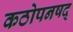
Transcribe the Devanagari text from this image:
कठोपनषद्